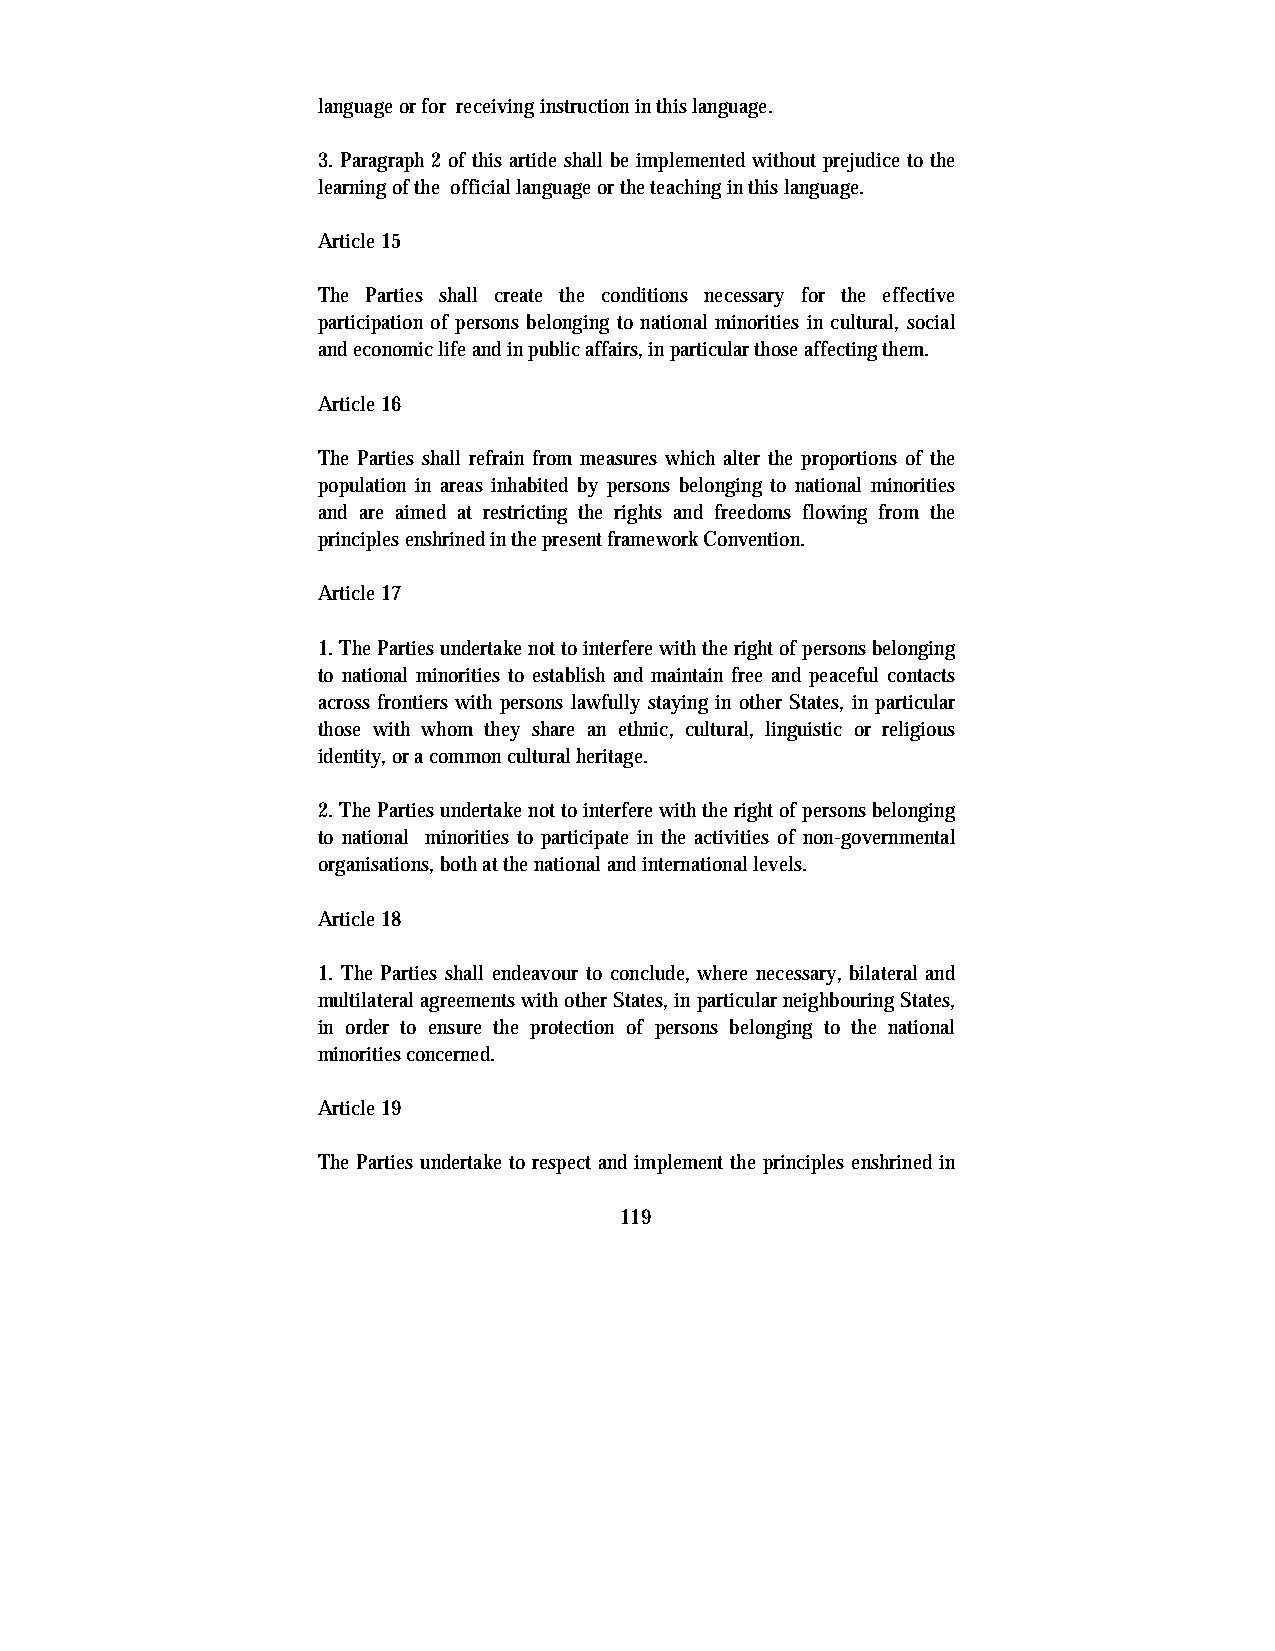
language or for receiving instruction in this language.
 3. Paragraph 2 of this artide shall be implemented without prejudice to the
 learning of the official language or the teaching in this language.
 Article 15
 The Parties shall create the conditions necessary for the effective
 participation of persons belonging to national minorities in cultural, social
 and economic life and in public affairs, in particular those affecting them.
 Article 16
 The Parties shall refrain from measures which alter the proportions of the
 population in areas inhabited by persons belonging to national minorities
 and are aimed at restricting the rights and freedoms flowing from the
 principles enshrined in the present framework Convention.
 Article 17
 1. The Parties undertake not to interfere with the right of persons belonging
 to national minorities to establish and maintain free and peaceful contacts
 across frontiers with persons lawfully staying in other States, in particular
 those with whom they share an ethnic, cultural, linguistic or religious
 identity, or a common cultural heritage.
 2. The Parties undertake not to interfere with the right of persons belonging
 to national minorities to participate in the activities of non-governmental
 organisations, both at the national and international levels.
 Article 18
 1. The Parties shall endeavour to conclude, where necessary, bilateral and
 multilateral agreements with other States, in particular neighbouring States,
 in order to ensure the protection of persons belonging to the national
 minorities concerned.
 Article 19
 The Parties undertake to respect and implement the principles enshrined in
 119